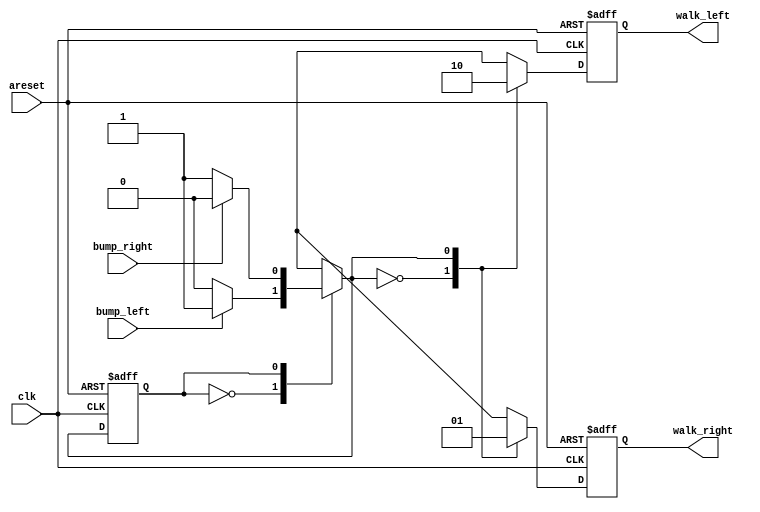
module top_module (
    input clk,
    input areset,    // Freshly brainwashed Lemmings walk left.
    input bump_left,
    input bump_right,
    output walk_left,
    output walk_right
);
    parameter WALKING_LEFT = 1'b0;
    parameter WALKING_RIGHT = 1'b1;
    reg cs, ns;
    reg walk_left_nxt, walk_right_nxt;
    always @(posedge clk or posedge areset) begin
        if(areset)
            cs <= WALKING_LEFT;
        else
            cs <= ns;
    end

    always @(*) begin
        case (cs)
            WALKING_LEFT: begin 
                if(bump_left)
                    ns = WALKING_RIGHT;
                else
                    ns = WALKING_LEFT;
            end
            WALKING_RIGHT: begin
                if(bump_right)
                    ns = WALKING_LEFT;
                else
                    ns = WALKING_RIGHT;
            end
        endcase
    end

    always @(posedge clk or posedge areset) begin
        if(areset)begin
            walk_left_nxt <= 1'b1;
            walk_right_nxt <=1'b0;
        end
        else
            case (ns)
                WALKING_LEFT:begin
                    walk_left_nxt <= 1'b1;
                    walk_right_nxt <= 1'b0;
                end 
                WALKING_RIGHT: begin
                    walk_left_nxt <= 1'b0;
                    walk_right_nxt <= 1'b1;
                end
            endcase
    end

    assign walk_left = walk_left_nxt;
    assign walk_right = walk_right_nxt;
endmodule